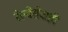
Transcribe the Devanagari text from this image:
रेल्वेसेवाही